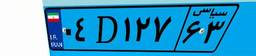
۳۰D۲۸۸۷۱